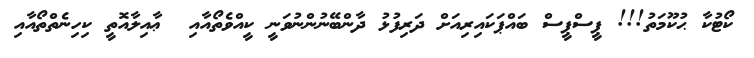
ކޯޓުކާ ޙުކޫމަތު!!! ޕީސްޕީސް ބައްޕަކައިިރިއަށް ދަރިފުޅު ދާންބޭނުންނުވަނީ ކީއްވެތޯއާއި  ޢާއިލާއޮތީ ކިހިނެެތްތޯއާއި